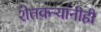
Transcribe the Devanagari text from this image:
शेतकऱ्यांनीही